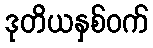
ဒုတိယနှစ်ဝက်